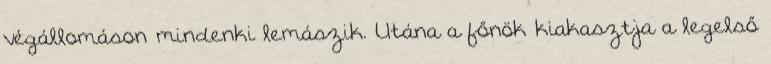
végállomáson mindenki lemászik. Utána a főnök kiakasztja a legelső